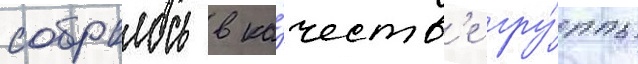
собралось в ка́честв'е гру́ппы